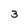
Character: 3